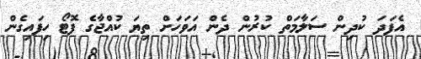
އެފަދަ ކުދިން ސަލާމަތް ކުރުން ދެން އަވަހަށް ތިޔަ ކުއްޖާގެ ފޮޓޯ ހިފައިގެން